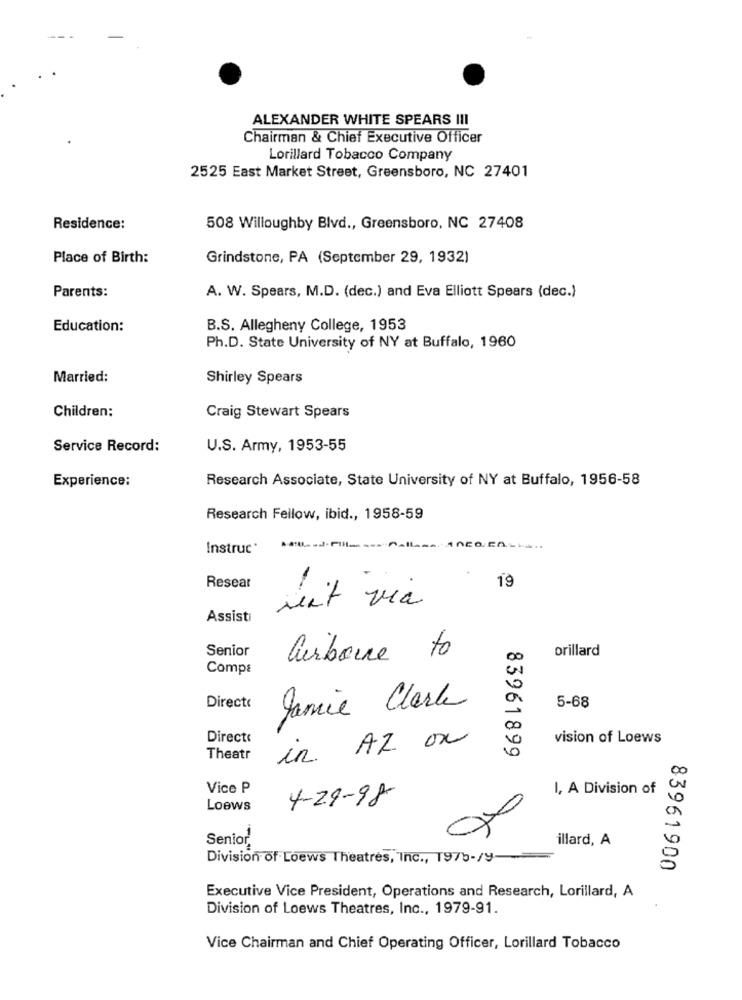
ALEXANDER WHITE SPEARS III
Chairman & Chief Executive Officer
Lorillard Tobacco Company
2525 East Market Street, Greensboro, NC 27401
Residence:
508 Willoughby Blvd ., Greensboro, NC 27408
Place of Birth:
Grindstone, PA (September 29, 1932)
Parents:
A. W. Spears, M.D. (dec.) and Eva Elliott Spears (dec.)
Education:
B.S. Allegheny College, 1953
Ph.D. State University of NY at Buffalo, 1960
Married:
Shirley Spears
Children:
Craig Stewart Spears
Service Record:
U.S. Army, 1953-55
Research Associate, State University of NY at Buffalo, 1956-58
Experience:
Research Fellow, ibid ., 1958-59
Instruc'
Resear
19
sent via
Assisti
Senior
orillard
Quibone to
00
Compa
0
5-68
Directe
Jamie Clarke
Direct:
vision of Loews
in AZ ox
Theatr
83961899
Vice P
I, A Division of
4-29-98
Loews
Senior.
illard, A
Division of Loews Theatres, Inc ., 1975-/y-
83961900
Executive Vice President, Operations and Research, Lorillard, A
Division of Loews Theatres, Inc ., 1979-91.
Vice Chairman and Chief Operating Officer, Lorillard Tobacco